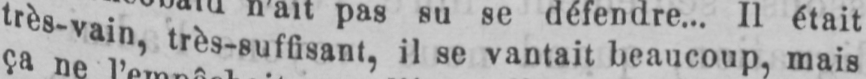
très-vain très-suffisant, il se vantait beaucoup, mais